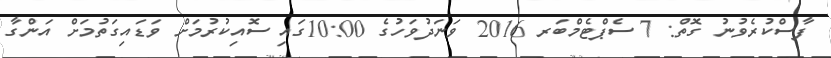
ފާސްކުރެވުނު ގޮތް: 7 ސެޕްޓެމްބަރ 2016 ވަނަދުވަހުގެ 10:00ގައި ސޮއިކުރުމަށް ވަޑައިގަތުމަށް އަންގާ